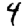
Digit: 4